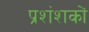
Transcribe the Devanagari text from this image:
प्रशंशकों